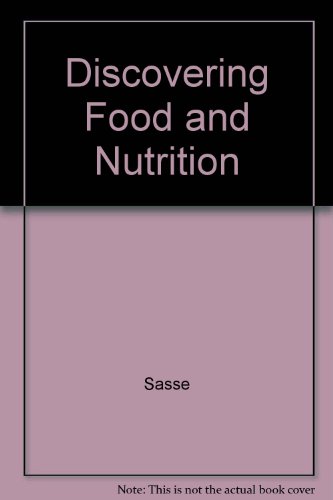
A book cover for Discovering Food and Nutrition; Sasse; Teen & Young Adult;